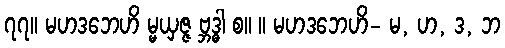
၇၇။ မဟဒဘေဟိ မ္မယှဇ္ဇ ဗ္ဘဒ္ဓါ စ။ ။ မဟဒဘေဟိ- မ, ဟ, ဒ, ဘ